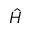
\hat { H }